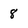
Character: 8